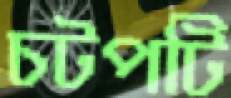
চটপটি